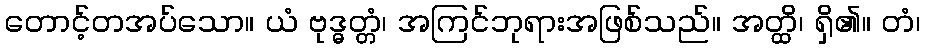
တောင့်တအပ်သော။ ယံ ဗုဒ္ဓတ္တံ၊ အကြင်ဘုရားအဖြစ်သည်။ အတ္ထိ၊ ရှိ၏။ တံ၊